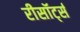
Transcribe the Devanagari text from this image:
रीसॉर्ट्स